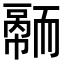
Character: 𦓠